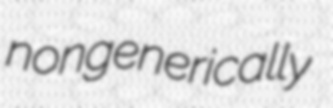
nongenerically